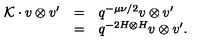
\begin{array} { r c l } { { \cal K } \cdot v \otimes v ^ { \prime } } & { = } & { q ^ { - \mu \nu / 2 } v \otimes v ^ { \prime } } \\ { } & { = } & { q ^ { - 2 H \otimes H } v \otimes v ^ { \prime } . } \\ \end{array}